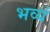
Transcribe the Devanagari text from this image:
भव्यं